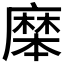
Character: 𪎝